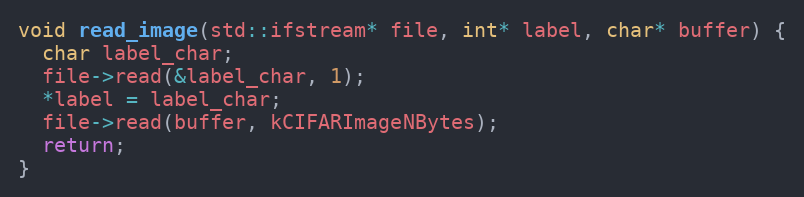
Language: C++
void read_image(std::ifstream* file, int* label, char* buffer) {
  char label_char;
  file->read(&label_char, 1);
  *label = label_char;
  file->read(buffer, kCIFARImageNBytes);
  return;
}